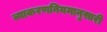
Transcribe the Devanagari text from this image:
व्याकरणनियमानुसारी